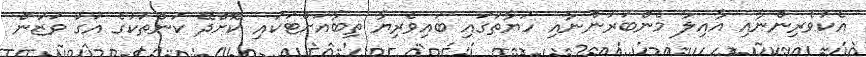
އެކުވެރިންނާއި އާއިލާ މެންބަރުންނާއި ހަޔާތުގައި ބައިވެރިޔާ ތިބާއަށްޓަކައި ކޮށްދޭ ކަންތަކުގެ އަގު ވަޒަން